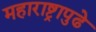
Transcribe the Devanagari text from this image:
महाराष्ट्रापुढे